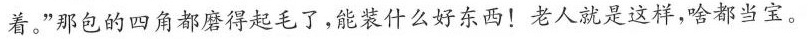
着。”那包的四角都磨得起毛了，能装什么好东西！老人就是这样，啥都当宝。